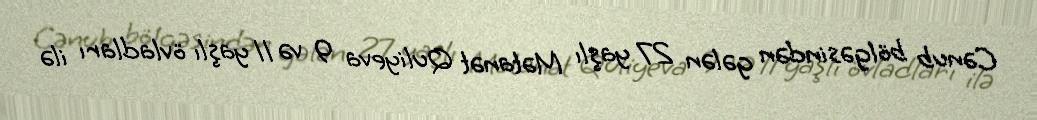
Cənub bölgəsindən gələn 27 yaşlı Mətanət Quliyeva 9 və 11 yaşlı övladları ilə